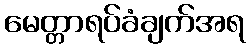
မေတ္တာရပ်ခံချက်အရ